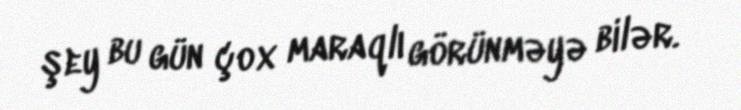
şey bu gün çox maraqlı görünməyə bilər.